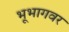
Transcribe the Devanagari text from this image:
भूभागवर